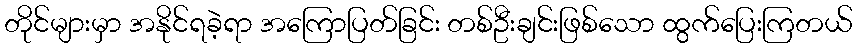
တိုင်များမှာ အနိုင်ရခဲ့ရာ အကြောပြတ်ခြင်း တစ်ဦးချင်းဖြစ်သော ထွက်ပြေးကြတယ်